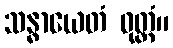
သန္ဓာယေတံ ဝုတ္တံ။